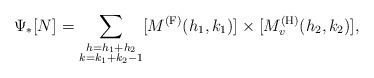
LaTeX: \begin{align*} \Psi_{\ast}[N]^{}= \sum_{\substack{h = h_1 + h_2 \\ k=k_1 + k_2 - 1}} [ M^{\textup{(F)}}(h_1, k_1) ]^{} \times [M_v^{\textup{(H)}}(h_2,k_2)]^{}, \end{align*}